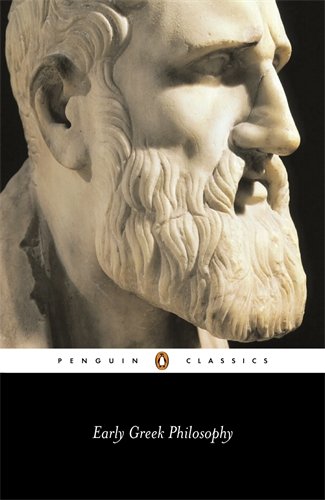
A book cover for Early Greek Philosophy (Penguin Classics); Various; History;